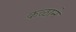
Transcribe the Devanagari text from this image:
कळाने